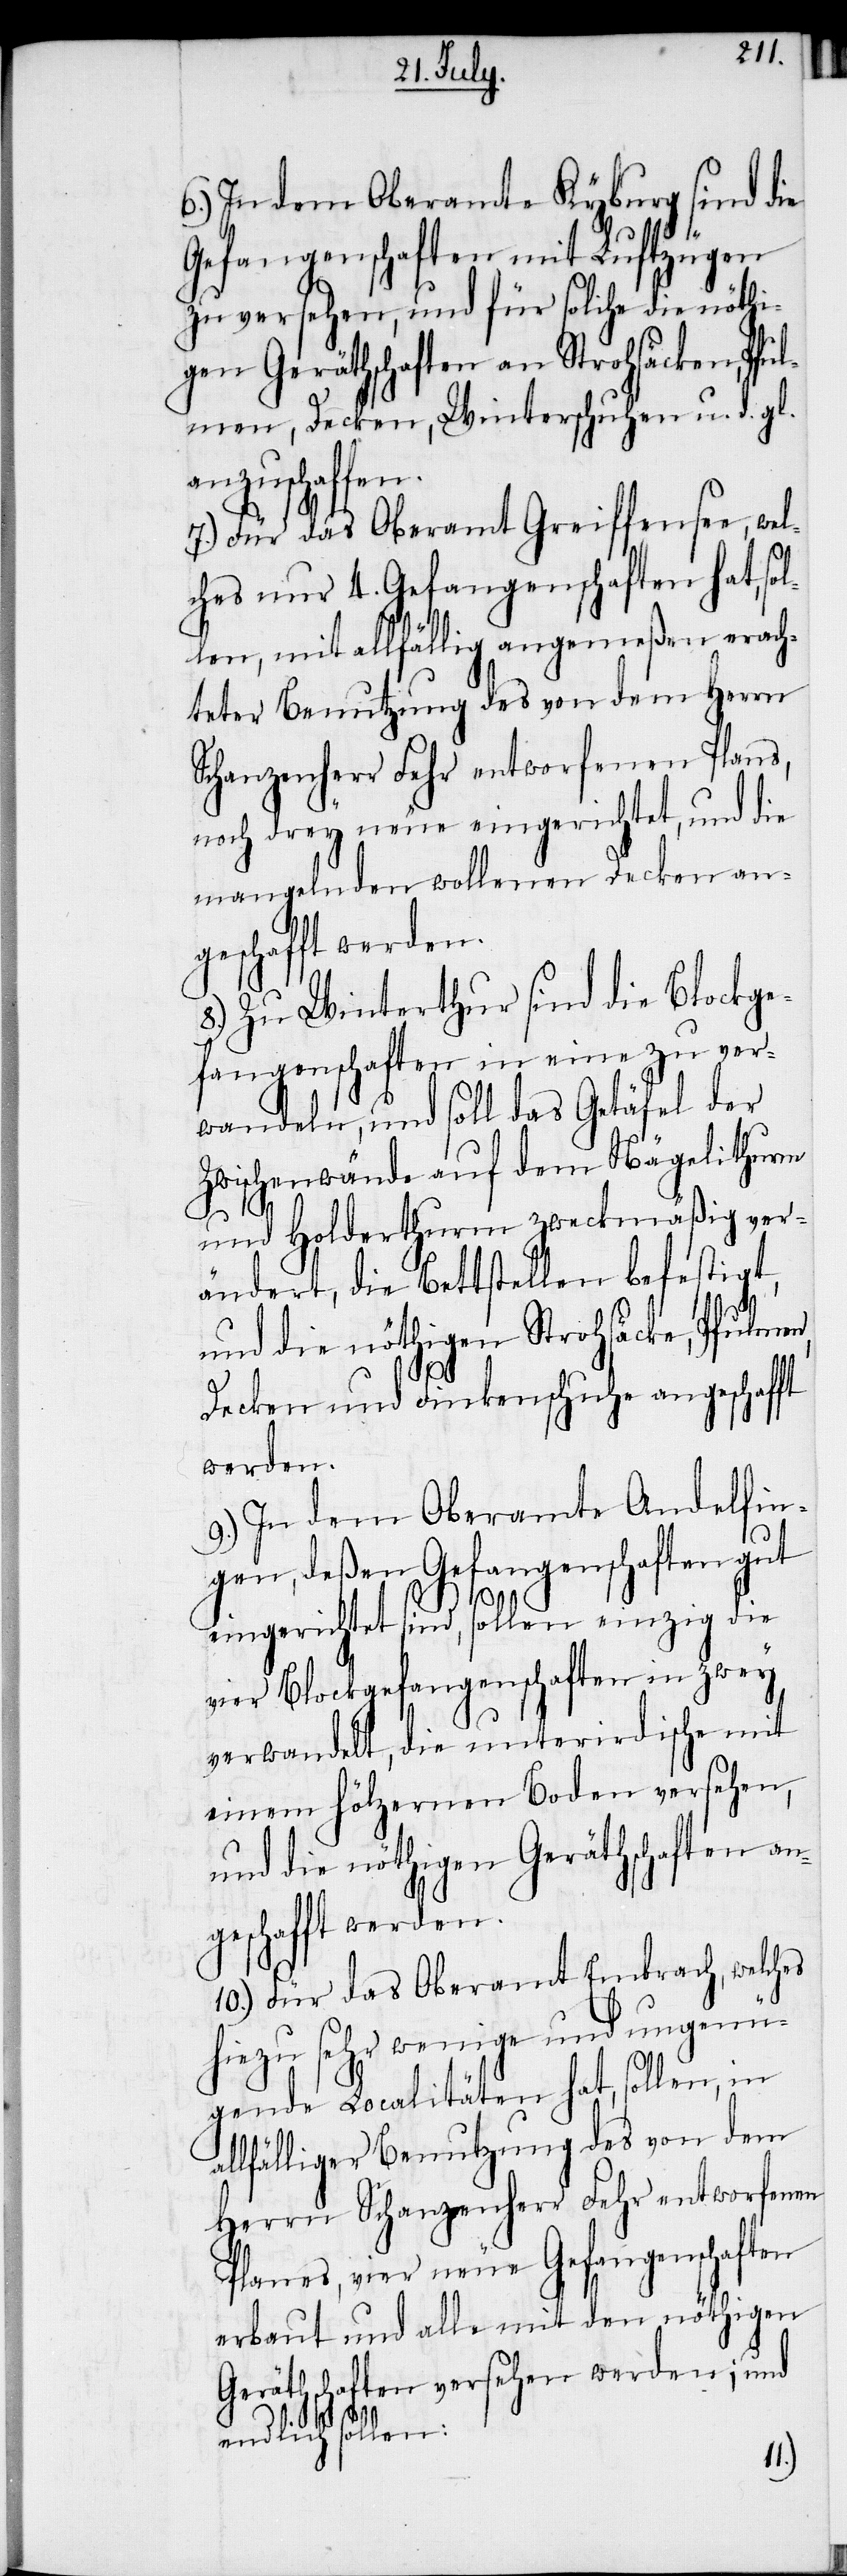
6.) In dem Oberamte Kyburg sind die
Gefangenschaften mit Luftzügen
zu versehen, und für solche die nöthi¬
gen Geräthschaften an Strohsäcken, Pful¬
men, Decken, Winterschuhen u. d. gl.
anzuschaffen.
7.) Für das Oberamt Greiffensee, wel¬
ches nur 4. Gefangenschaften hat, sol¬
len, mit allfällig angemeßen erach¬
teter Benutzung des von dem Herrn
Schanzenherr Fehr entworfenen Plans,
noch drey neue eingerichtet, und die
mangelnden wollenen Decken an¬
geschafft werden.
8.) Zu Winterthur sind die Blockge¬
fangenschaften in eine zu ver¬
wandeln, und soll das Getäfel der
Zwischenwände auf dem Nägelithurm
und Holderthurm zweckmäßig ver¬
ändert, die Bettstellen befestigt,
al¬
und die nöthigen Strohsäcke, Pfulmen,
Decken und Finkenschuhe angeschafft
werden.
9.) In dem Oberamte Andelfin¬
gen, deßen Gefangenschaften gut
eingerichtet sind, sollen einzig die
vier Blockgefangenschaften in zwey
verwandelt, die unterirdische mit
einem hölzernen Boden versehen,
und die nöhtigen Geräthschaften an¬
10.) Für das Oberamt Embrach, welches
hiezu sehr wenige und ungenü¬
gende Localitäten hat, sollen, in
lfälliger Benutzung des von dem
Herrn Schanzenherr Fehr entworfenen
Planes, vier neue Gefangenschaften
erbaut und alle mit den nöthigen
Geräthschaften versehen werden; und
endlich sollen